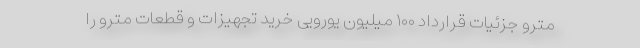
مترو جزئیات قرارداد ۱۰۰ میلیون یورویی خرید تجهیزات و قطعات مترو را